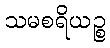
သမစရိယဉ္စ